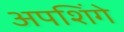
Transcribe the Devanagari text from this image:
अपशिंगे